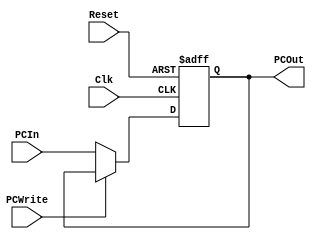
`timescale 1ns / 1ps

////////////////////////////////////////////////////////////////////////////////
// ECE369A - Computer Architecture
// Laboratory  
// Module - PCAdder.v
// Description - 32-Bit program counter (PC) adder.
// 
// INPUTS:-
// PCResult: 32-Bit input port.
// 
// OUTPUTS:-
// PCAddResult: 32-Bit output port.
//
// FUNCTIONALITY:-
// Design an incrementor (or a hard-wired ADD ALU whose first input is from the 
// PC, and whose second input is a hard-wired 4) that computes the current 
// PC + 4. The result should always be an increment of the signal 'PCResult' by 
// 4 (i.e., PCAddResult = PCResult + 4).
////////////////////////////////////////////////////////////////////////////////

module ProgramCounter(PCIn, PCOut,Clk,Reset,PCWrite);

    input [31:0] PCIn;
    input Clk;
    input Reset;
    input PCWrite;
   
    
    
    output reg [31:0] PCOut;
   
      
    
    
    always @(posedge Clk or posedge Reset) begin
        if ( Reset == 1) begin

                PCOut <= 0;
            end
        
            else if (PCWrite != 1)  begin
                PCOut <= PCIn;
            end
       
    end
    
endmodule